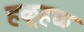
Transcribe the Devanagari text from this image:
हळूहळ